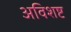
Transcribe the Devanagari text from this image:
अविशष्ट